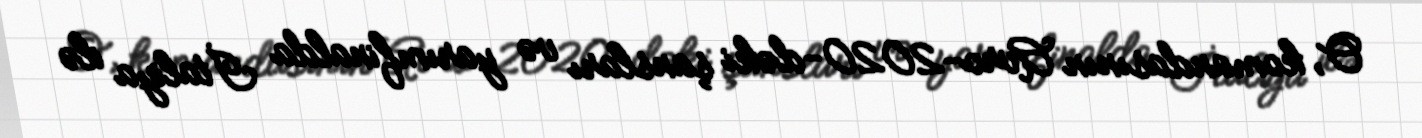
O, komandasının Avro-2020-dəki şansları və yarımfinalda İtaliya ilə